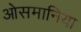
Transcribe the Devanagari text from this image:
ओसमानिया